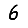
Digit: 6